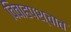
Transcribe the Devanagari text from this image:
विवाहपश्चात